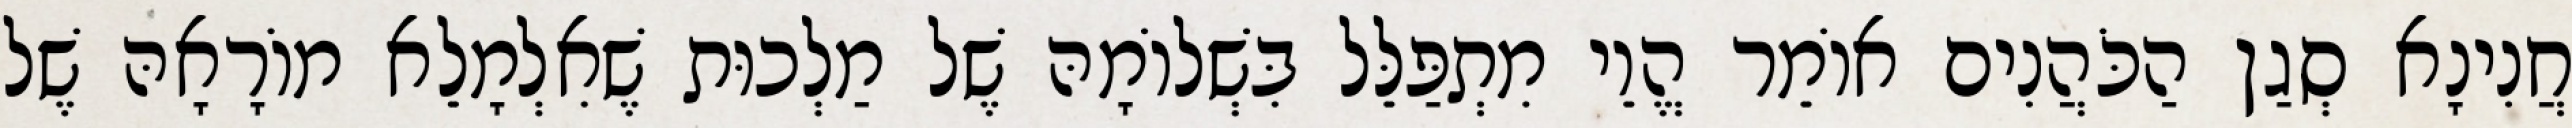
חֲנִינָא סְגַן הַכֹּהֲנִים אוֹמֵר הֱוֵי מִתְפַּלֵּל בִּשְׁלוֹמָהּ שֶׁל מַלְכוּת שֶׁאִלְמָלֵא מוֹרָאָהּ שֶׁל